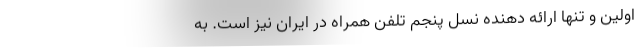
اولین و تنها ارائه دهنده نسل پنجم تلفن همراه در ایران نیز است. به